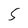
Character: 5